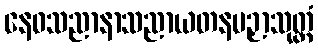
နေဝသညာနာသညာယတနပဉှာသုတ္တံ